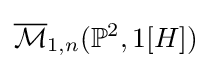
{\overline {\mathcal {M}}}_{1,n}(\mathbb {P} ^{2},1[H])